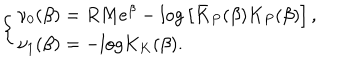
LaTeX: \left\{ \begin{array} { l } { { \nu _ { 0 } ( \beta ) = R M e ^ { \beta } - l o g \left[ \bar { K } _ { P } ( \beta ) K _ { P } ( \beta ) \right] , } } \\ { { \nu _ { 1 } ( \beta ) = - l o g K _ { K } ( \beta ) . } } \\ \end{array} \right.